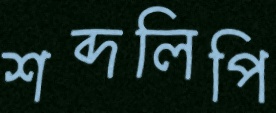
শব্দলিপি